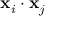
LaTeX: \mathbf { x } _ { i } \cdot \mathbf { x } _ { j }